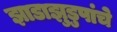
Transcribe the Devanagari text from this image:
झाडाझुडुपांचे